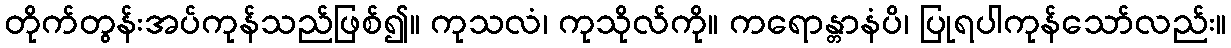
တိုက်တွန်းအပ်ကုန်သည်ဖြစ်၍။ ကုသလံ၊ ကုသိုလ်ကို။ ကရောန္တာနံပိ၊ ပြုရပါကုန်သော်လည်း။